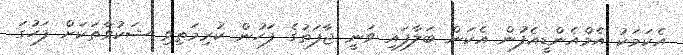
އެކަމަކު އެމްއެންޑީއެފުން އެކަން ބަލާފައި ވަނީ ޖާފަތުގެ ފަހުން ކުރިމަތިވި ޝަކުވާތަކަށް ފަހުގަ